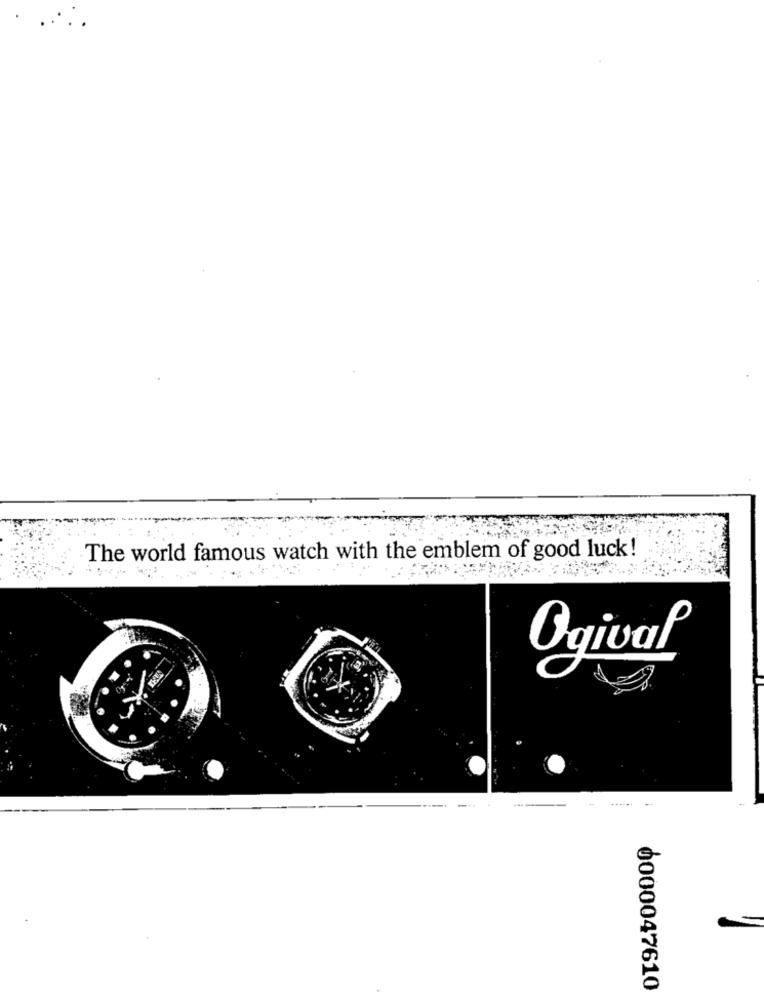
The world famous watch with the emblem of good luck!
Ogival
0000047610